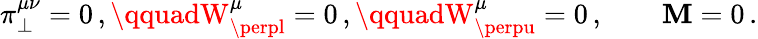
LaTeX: \pi_{\perp}^{\mu\nu}=0\, ,\qquadW_{\perpl}^{\mu}=0\, ,\qquadW_{\perpu}^{\mu}=0\, ,\qquad\mathbf{M}=0\, .